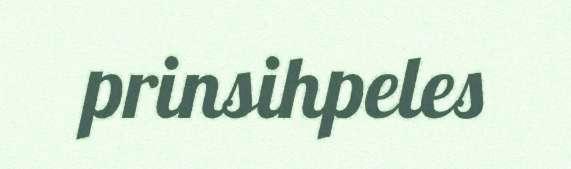
prinsihpeles